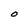
Character: O